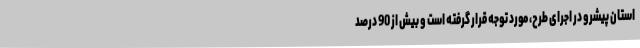
استان پیشرو در اجرای طرح، مورد توجه قرار گرفته است و بیش از 90 درصد